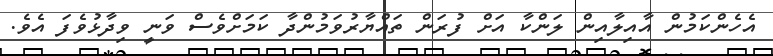
އެހެންކަމުން އާއިލާއިން ލަންކާ އަށް ފުރަން ތައްޔާރުވަމުންދާ ކަަމަށްވެސް ވަނީ ވިދާޅުވެފަ އެވެ.